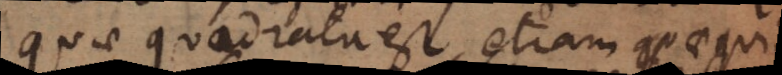
quae quadrata est etiam aequilat